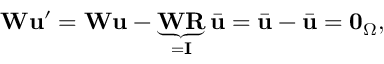
\mathbf { W } \mathbf { u } ^ { \prime } = \mathbf { W } \mathbf { u } - \underbrace { \mathbf { W } \mathbf { R } } _ { = \mathbf { I } } \bar { \mathbf { u } } = \bar { \mathbf { u } } - \bar { \mathbf { u } } = \mathbf { 0 } _ { \Omega } ,